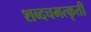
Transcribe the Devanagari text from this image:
शब्दचमत्कृती